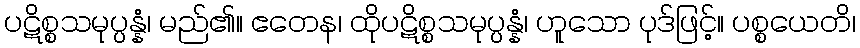
ပဋိစ္စသမုပ္ပန္နံ၊ မည်၏။ ဧတေန၊ ထိုပဋိစ္စသမုပ္ပန္နံ၊ ဟူသော ပုဒ်ဖြင့်။ ပစ္စယေတိ၊